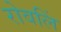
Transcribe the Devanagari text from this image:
रोवलिं